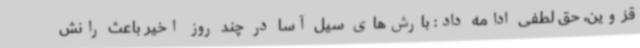
قزوین، حق لطفی ادامه داد: بارش‌های سیل آسا در چند روز اخیر باعث رانش